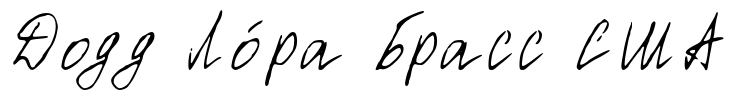
Додд Ло́ра Брасс США